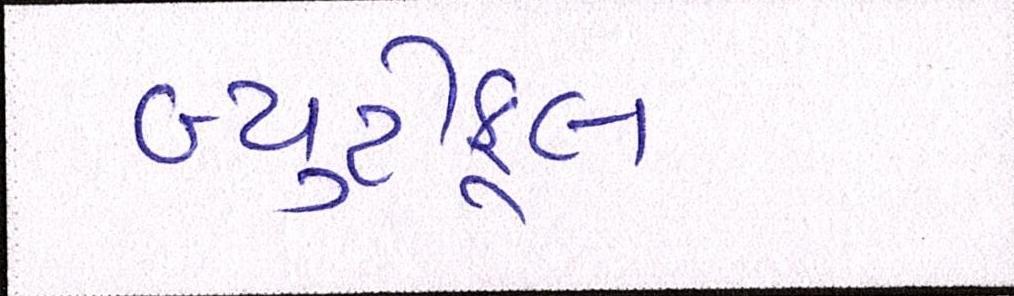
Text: બ્યુટીફૂલ